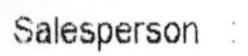
SALESPERSON :